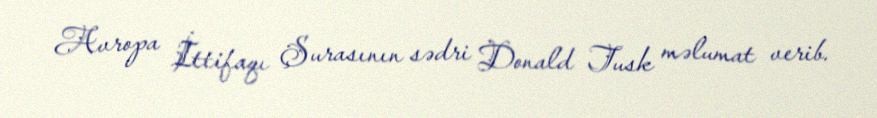
Avropa İttifaqı Şurasının sədri Donald Tusk məlumat verib.